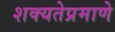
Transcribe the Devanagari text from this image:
शक्यतेप्रमाणे